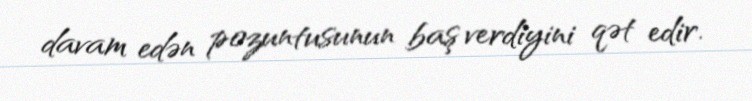
davam edən pozuntusunun baş verdiyini qət edir.